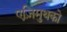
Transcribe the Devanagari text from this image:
एज़िमुथको